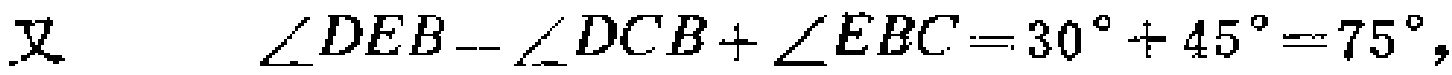
又 \(\angle DEB=\angle DCB+\angle EBC = 30^{\circ}+ 45^{\circ}=75^{\circ}\)，